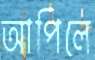
আপিলে